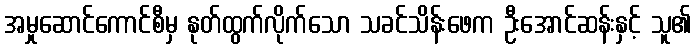
အမှုဆောင်ကောင်စီမှ နုတ်ထွက်လိုက်သော သခင်သိန်းဖေက ဦးအောင်ဆန်းနှင့် သူ၏